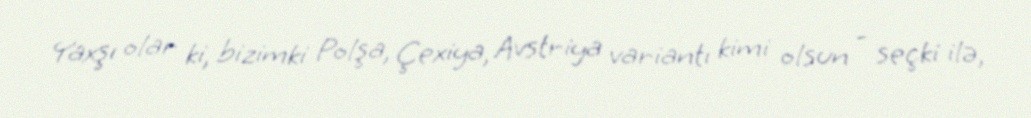
Yaxşı olar ki, bizimki Polşa, Çexiya, Avstriya variantı kimi olsun - seçki ilə,